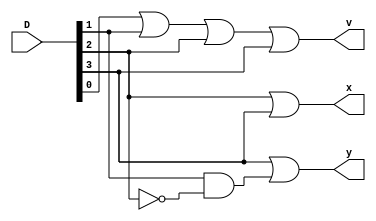
module m4x2_pEncoder(x,y,v,D);

    input wire [3:0] D;
    output wire x,y,v;

    assign x=D[2]||D[3];
    assign y=D[3]||(D[1]&&~D[2]);
    assign v=D[0]||D[1]||D[2]||D[3];

endmodule